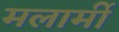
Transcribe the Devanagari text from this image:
मलार्मी